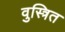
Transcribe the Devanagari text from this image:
वुस्त्रित